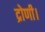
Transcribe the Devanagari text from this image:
द्रोणी।